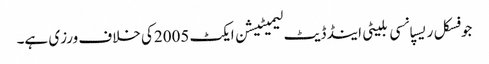
جو فسکل ریسپانسی بلیٹی اینڈ ڈیٹ لیمیٹیشن ایکٹ 2005کی خلاف ورزی ہے۔